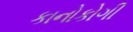
કાનોકોગી